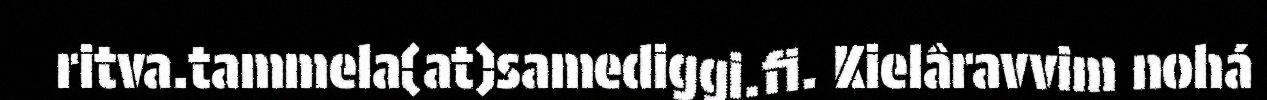
ritva.tammela(at)samediggi.fi. Kielâravvim nohá